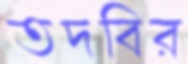
তদবির